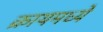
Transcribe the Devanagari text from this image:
क्रायमध्ये